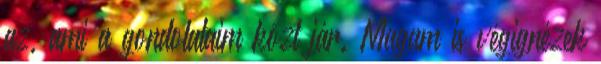
az, ami a gondolataim közt jár. Magam is végignézek